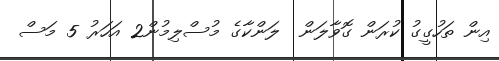
އިން ތަހުގީގު ކުރަން ގޮވާލަން  ލަންކާގެ މުސްލިމުން2 އަހަރު 5 މަސް